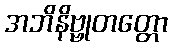
အဘိနိဗ္ဗုတတ္တော